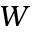
W